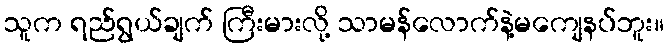
သူက ရည်ရွယ်ချက် ကြီးမားလို့ သာမန်လောက်နဲ့မကျေနပ်ဘူး။